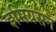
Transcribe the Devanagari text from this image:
इमिग्रसन